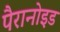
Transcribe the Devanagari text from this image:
पैरानोइड